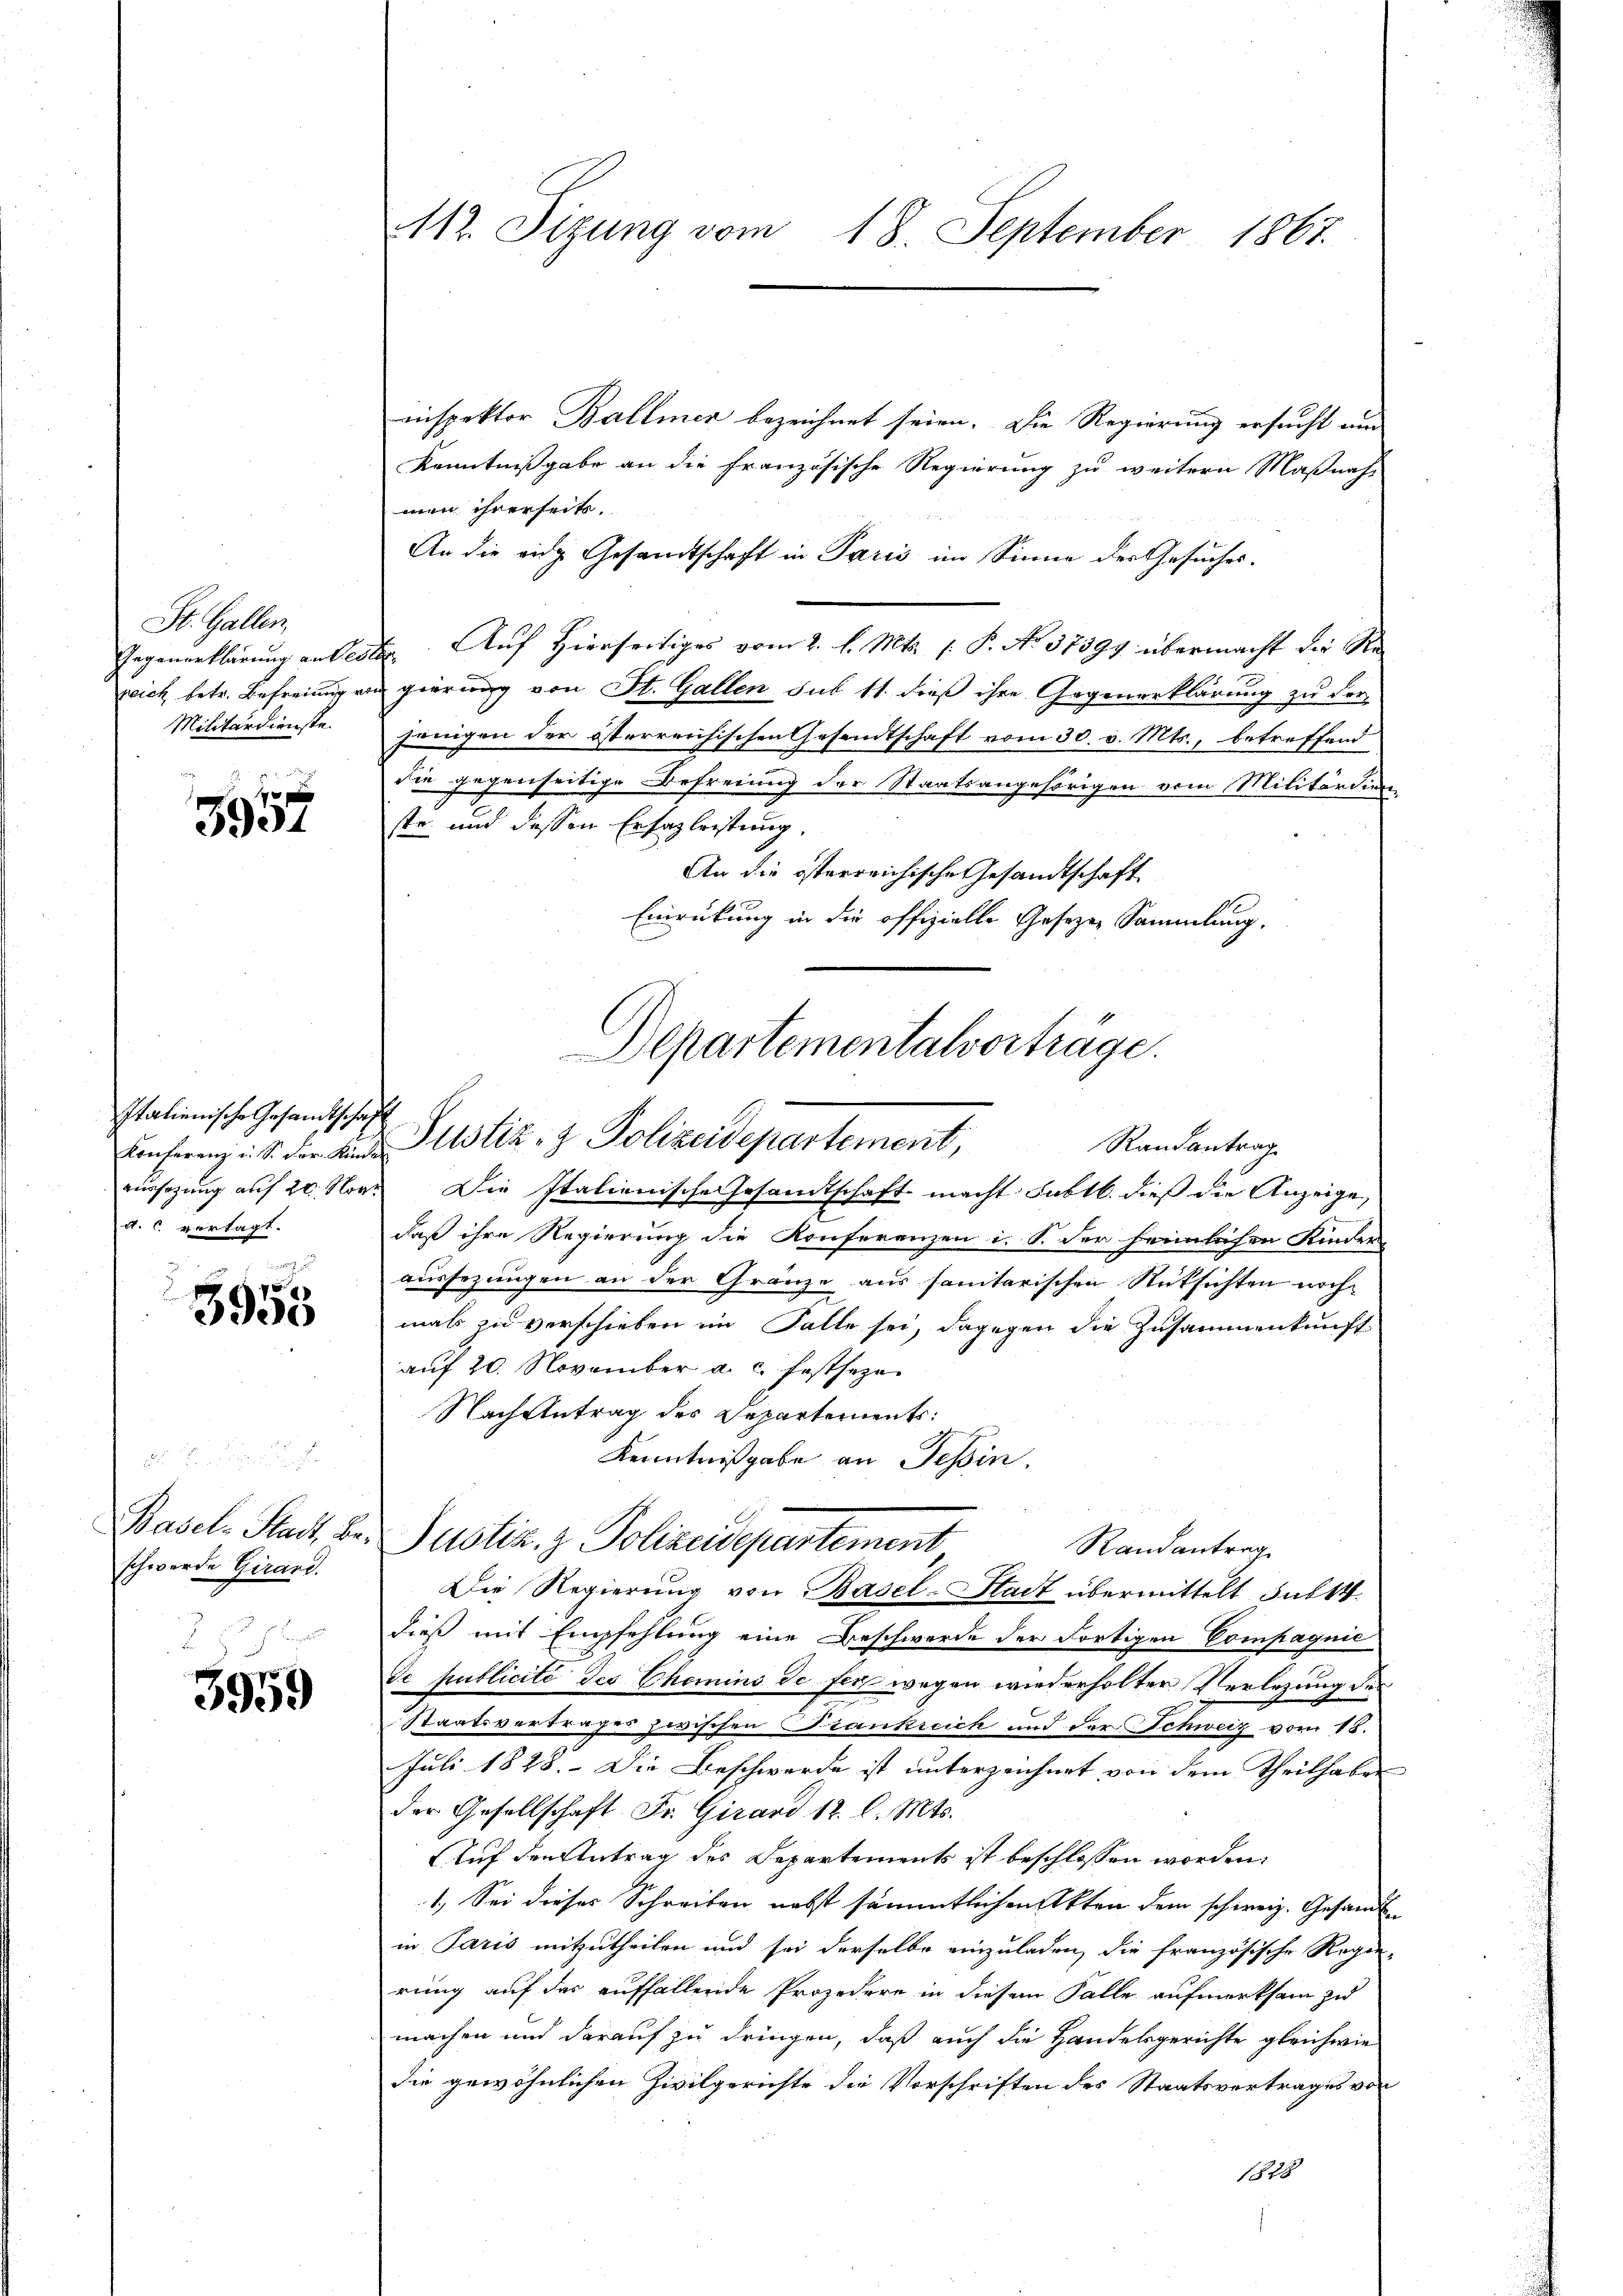
St. Gallen,
Gegenerklärung auf ei
reich betr. Befreiung un
Militärdienste.

f 2 x
3904

Italienische Gesandtschaft
d. c vertagt.

5955

Basel-Stadt Beschwerde Girard.

3959

112. Sizung vom 18. September 1867.

inspektor Ballmer bezeichnet seien. Die Regierung ersucht und
Kenntnißgabe an die französische Regierung zu weitern Maßnah-
men ihrerseits.
An die eidg Gesandtschaft in Paris im Sinne der Gesuches.
 Auf Hierseitiges vom 2. l. Mts. (: P. No 37391 übermacht die Reingierung von St. Gallen sub 11. dieß ihre Gegenerklärung zu der
jenigen der österreichischen Gesandtschaft vom 30. v. Mts., betreffend
die gegenseitige Befreiung der Staatsangehörigen vom Militärdien
ste und dessen Erhasleistung,
An die österreichische Gesandtschaft
Einrückung in die offizielle Gesetzen Sammlung.

Departementalverträge.
Randantrag
Conferenz u. s. der Kinde Justiz- & Polizeidepartement,

rursagung auf 20. Nov. Die Italienische Gesamtschaft macht: subtl. dieß die Anzeige,
daß ihre Regierung die Konferenzen i. S. der heimlichen Kinder-
aussezungen an der Gränze aus sanitarischen Rüksichten nochmals zu verschieben im Falle sei, dagegen die Zusammenkunft
auf 20. November a. c. festseze
Nach Antrag des Departements:
Kenntnißgabe an Tessin.
Die Regierung von Basel-Stadt übermittelt subst
dieß mit Empfehlung eine Beschwerde der Fortigen Compagnie
Se publicité des Chemins de fer wegen wiederholten Verlegung des
Staatsverbraches zwischen Stankreich und der Schweiz vom 18.
Juli 1828. Die Beschwerde ist unterzeichnet von dem Theilhaben
der Gesellschaft Fr. Girard 12. l. Mts.
Auf den Antrag des Departements ist beschlossen worden.
1.) Sei dieses Schreiben nebst sämmtlichen Akten dem schweiz. Gesandt
in Paris mitzutheilen und sei derselbe einzuladen, die französische Regie-
rung auf das auffallende Projedere in diesem Falle aufmerksam zu
machen und darauf zu dringen, daß auch die Handelsgerichte gleichwie
die gewöhnlichen Zivilgerichte die Vorschriften des Staatsvertrages von
1770

Justiz. z. Polizeidepartement
Randantrag